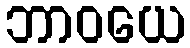
ဘာဝယေ